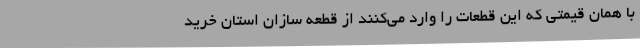
با همان قیمتی که این قطعات را وارد می‌کنند از قطعه سازان استان خرید